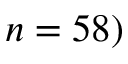
n = 5 8 )